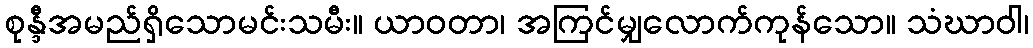
စုန္ဒီအမည်ရှိသောမင်းသမီး။ ယာဝတာ၊ အကြင်မျှလောက်ကုန်သော။ သံဃာဝါ၊